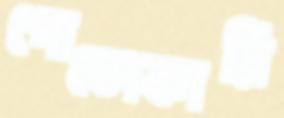
পোতোকারি